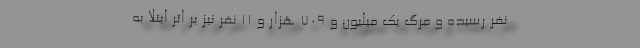
نفر رسیده و مرگ یک میلیون و ۷۰۹ هزار و ۱۱ نفر نیز بر اثر ابتلا به